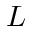
L